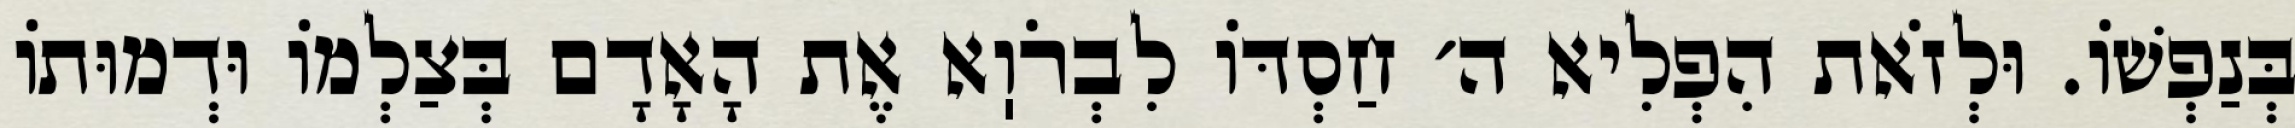
בְּנַפְשׁוֹ. וּלְזֹאת הִפְלִיא ה׳ חַסְדּוֹ לִבְרֹוֽא אֶת הָאָדָם בְּצַלְמוֹ וּדְמוּתוֹ